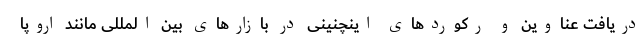
دریافت عناوین و رکوردهای اینچنینی در بازارهای بین المللی مانند اروپا